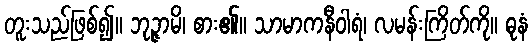
တူးသည်ဖြစ်၍။ ဘုဉ္ဇာမိ၊ စား၏။ သာမာကနီဝါရံ၊ လမန်းကြိတ်ကို။ ဓုနံ